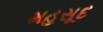
મહસૂદ